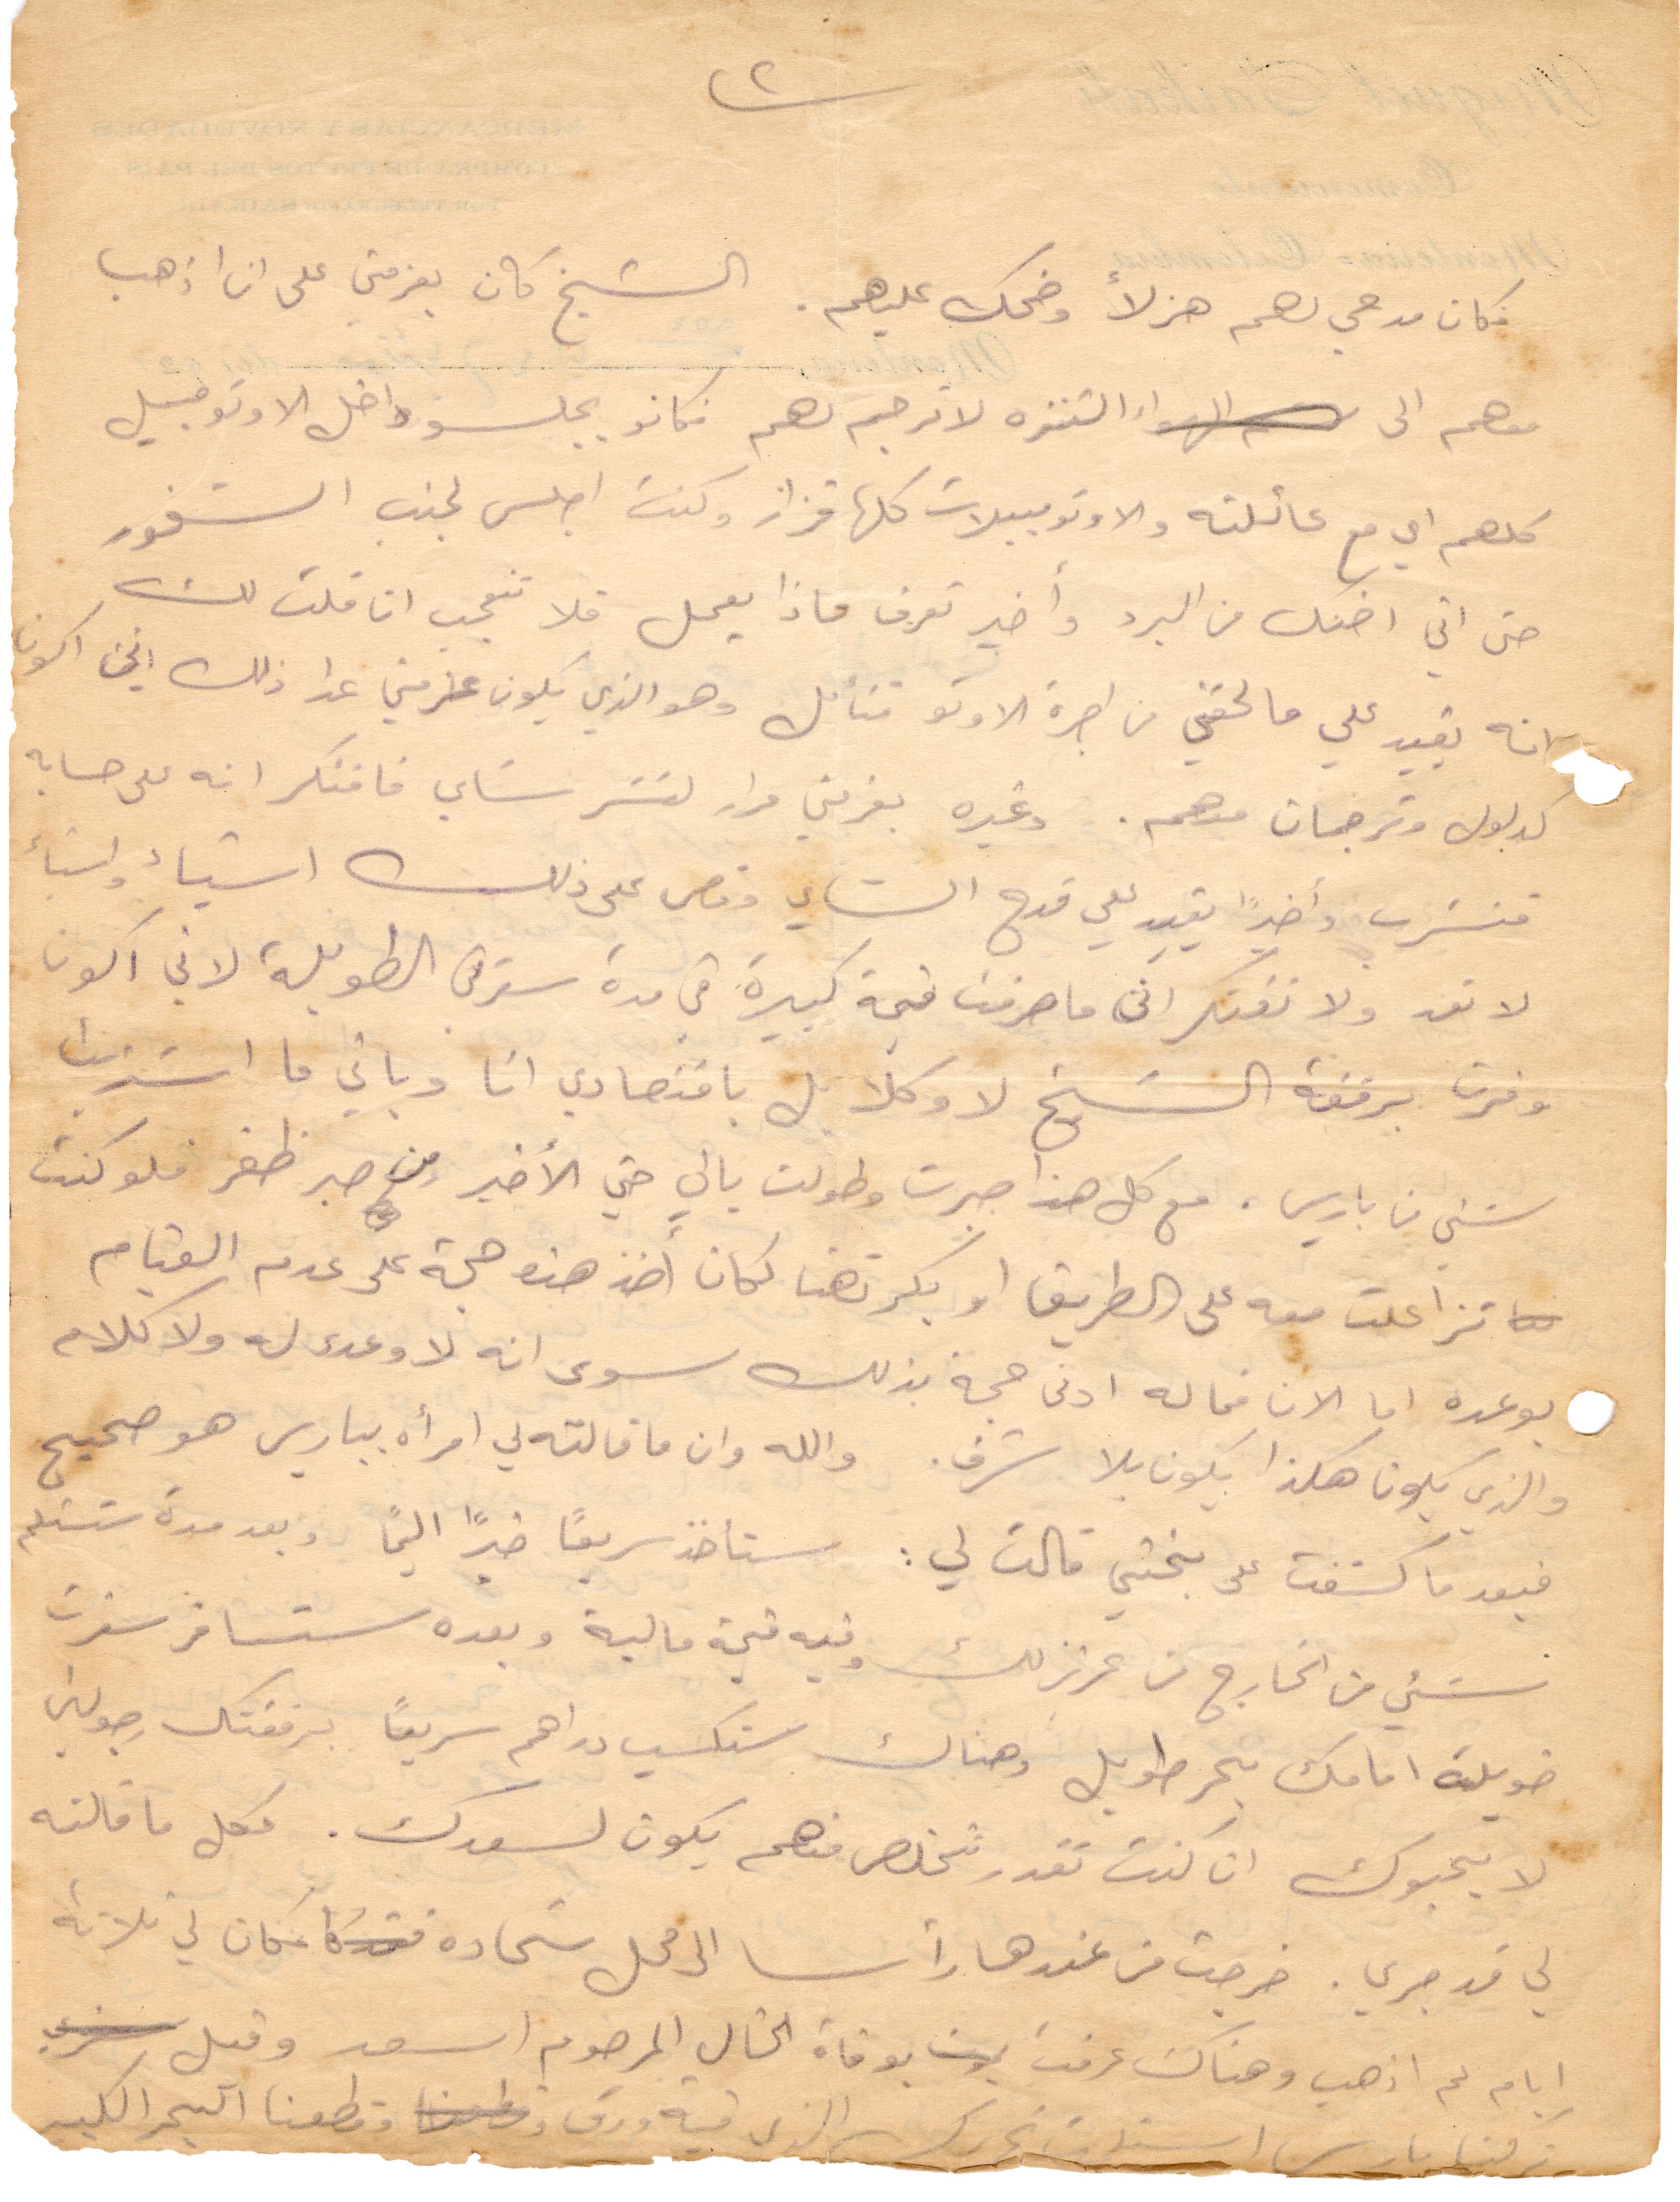
فكان مدحي لهم هزلًا وضحك عليهم. الشيخ كان يعزمني على ان اذهب
معهم الى التنزه لاترجم لهم فكانوا يجلسو داخل الاوتومبيل
كلهم أي مع عائلته والاوتومبيلات كلها قزاز وكنت اجلس لجنب الشفور
حتى اني اضنك من البرد واخيرًا تعرف ماذا يعمل فلا تتعجب اذا قلت لك
انه يقيد على ما لحقني من اجرة الاوتومبيل فتأمل وهو الذي عزمني عدا ذلك انني أكون
لدلول وترجمان منهم. وغيره يعزمني لنشرب شاي فافتكر انه على حسابه
فنشرب واخيرًأ يقيد لي قدح الشاي وقص على ذلك أشياء واشياء
لا تعد ولا تفتكر اني ما صرفت قيمة كبيرة في مدة سفري الطويلة لاني أكون
وفرت برفقة الشيخ لاوكل بل باقتصادي انا وباني ما اشتريت
شيء من باريس. مع كل هذا صرت وطولت بالي حتى الأخير من صبر ظفر فلو كنت
تزاعلت معه على الطريق او بكرتهنا لكان اخذ هذه حجة على عدم القيام
بوعده ما الآن فماله ادنى حجة بذلك سوى انه لا وعد له ولا كلام
والذي يكون هكذا يكون بلا شرف. والله وان ما قالته ل امرأة بباريس هو صحيح
فبعد ما كشفت بختي قالت لي: ستاخذ سريعًا خبرًا اليمًا وبعد مدة ستستلم
شيء من الخارج من عزيز لك وفيه قيمة مالية وبعده ستسافر سفرت
طويلة اماك بحر طويل وهناك ستكسب دراهم سريعًا برفقتك رجولين
لا يحبوك ان كنت تقدر تتخلص منهم يكون لسعدك. وكل ما قالته
لي قد جرى. خرجت من عندخا رأسًا الى محل شحادة وكان لي ثلاثة
أيام لم اذهب وهناك عرفت بوفاة الخال المرحوم اسعد وقبل
نزلنا باريس استملت تحريرك الذي فيه ورق وقطعنا البحر الكبير